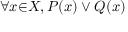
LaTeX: \forall { x } { \in } X , P ( x ) \lor Q ( x )